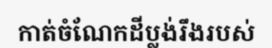
កាត់ចំណែកដីប្លង់រឹងរបស់